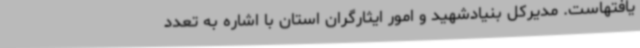
یافتهاست. مدیرکل بنیادشهید و امور ایثارگران استان با اشاره به تعدد